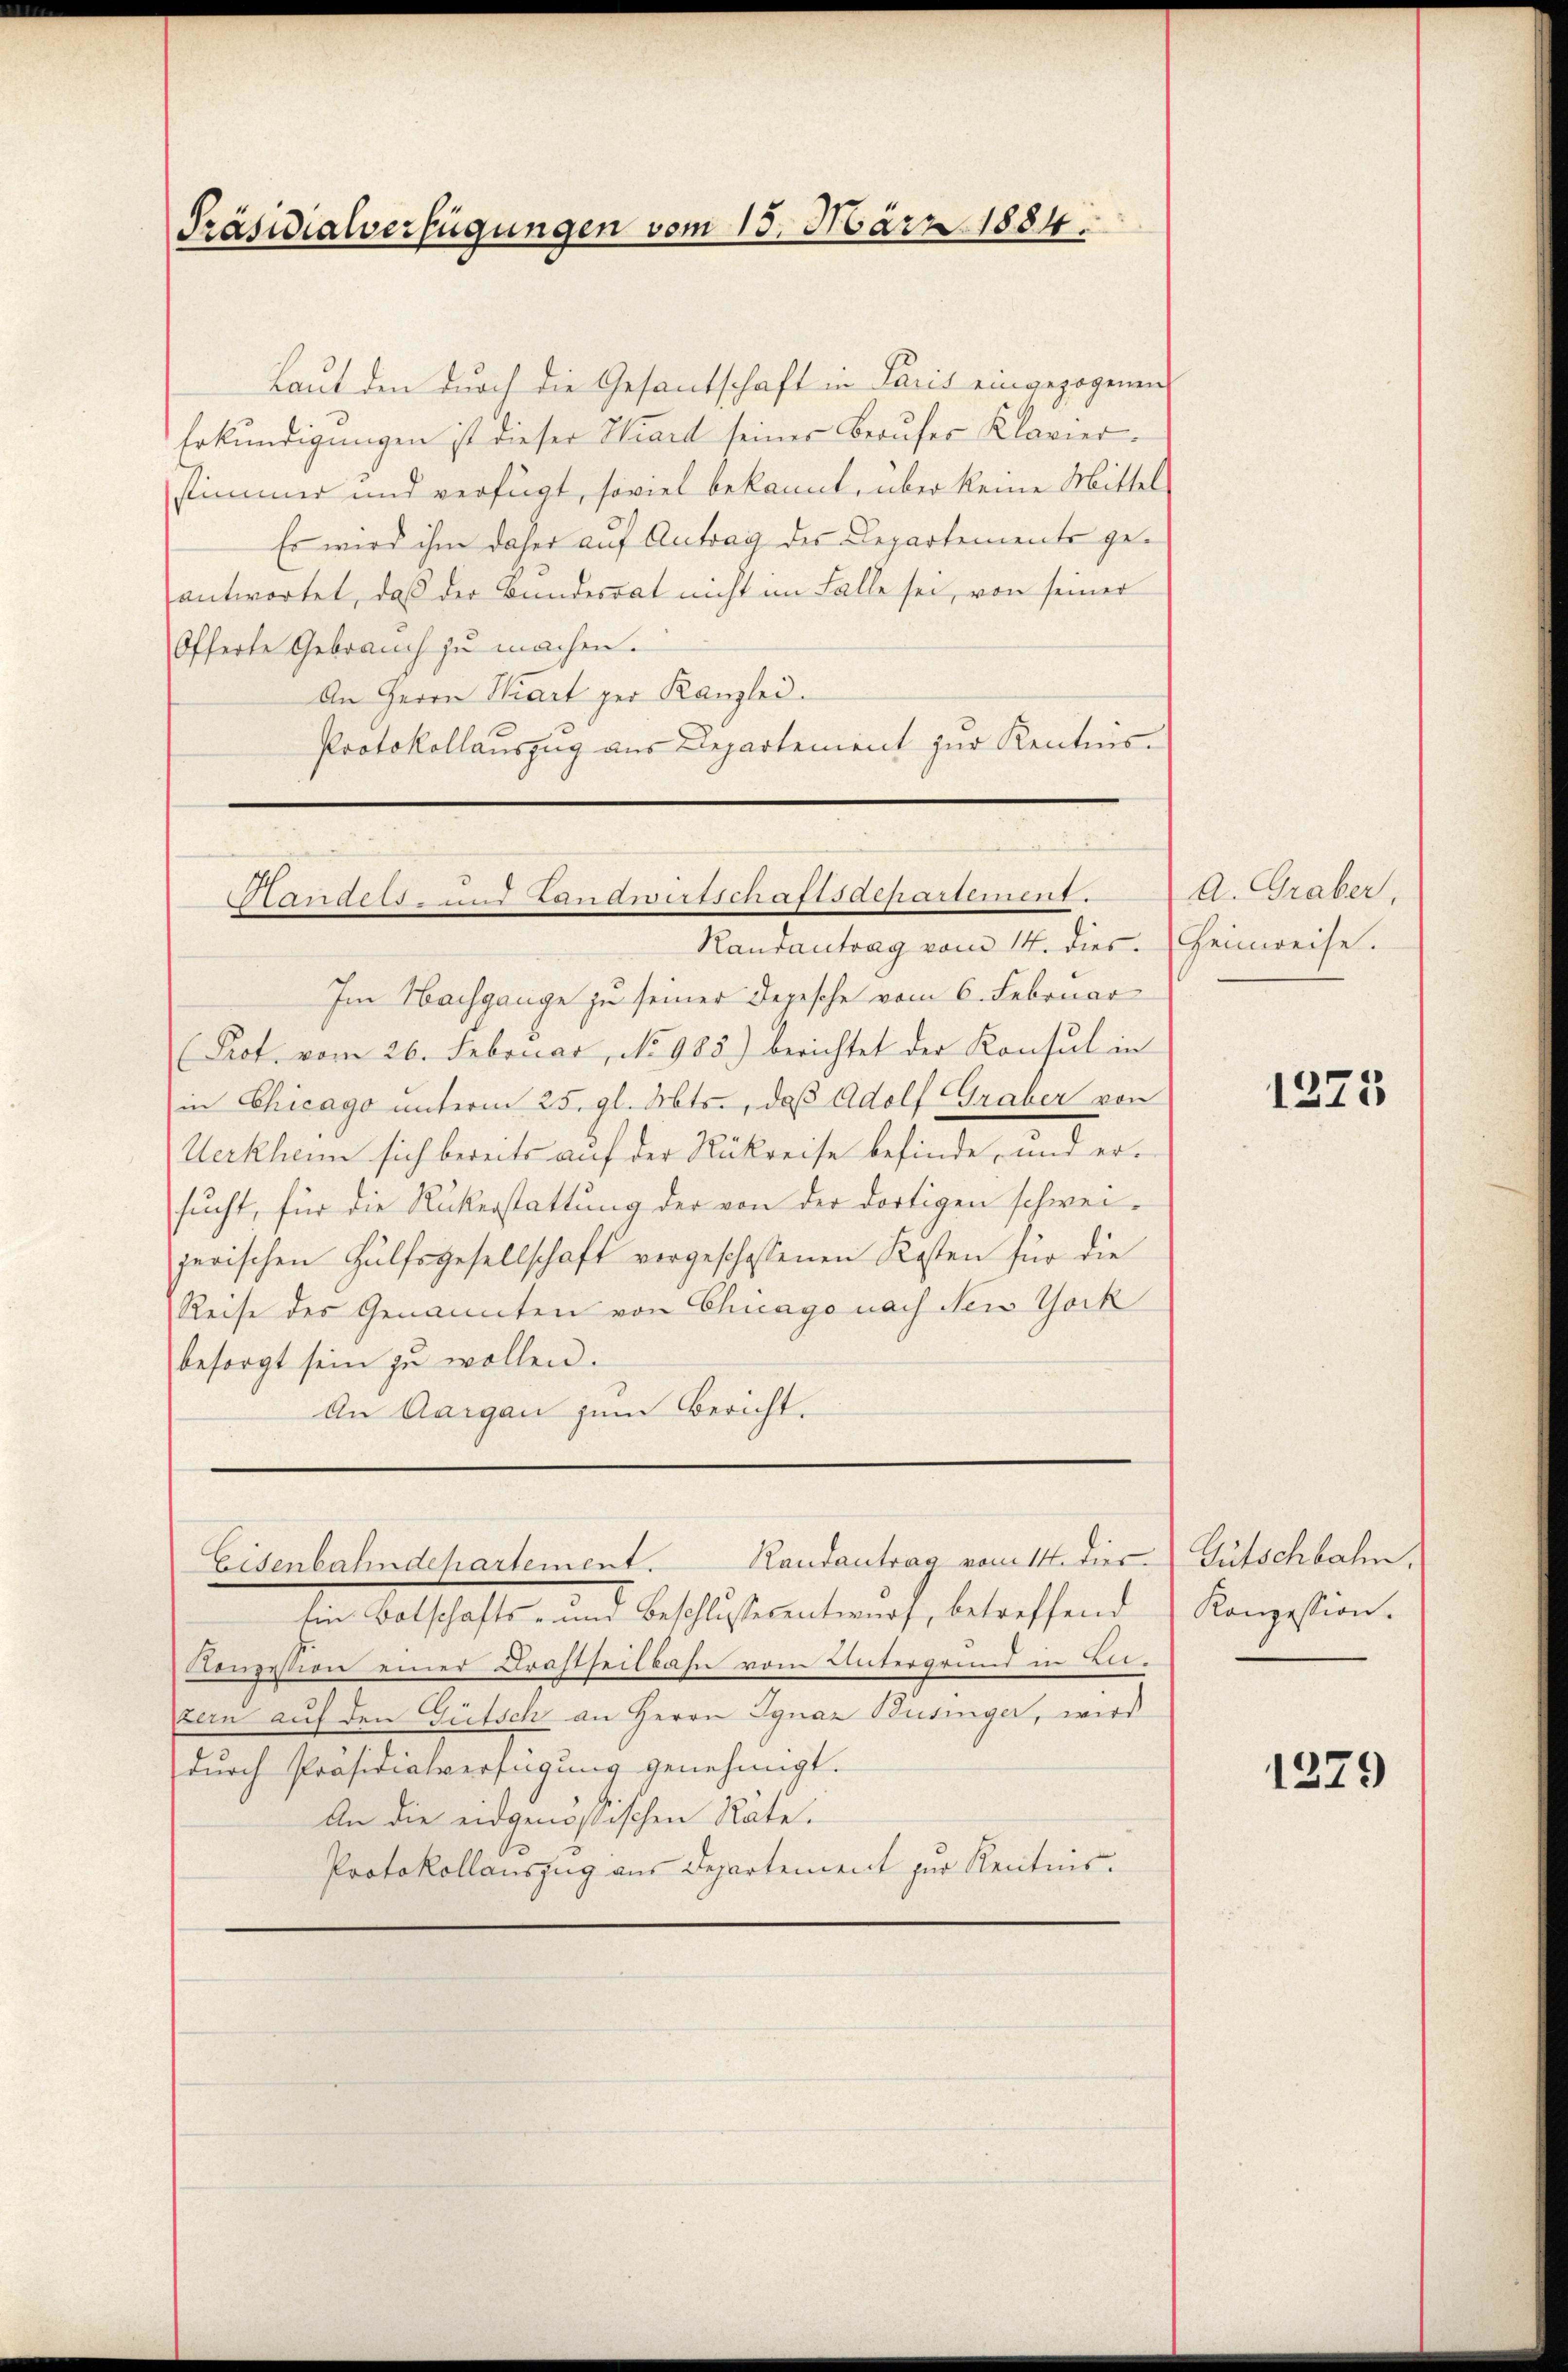
Präsidialverfügungen vom 18. März 1884.

Laut den durch die Gesantschaft in Paris eingezogenen
Erkundigungen ist dieser Hard seiner Berufer Klavier.
stimmer und verfügt, soviel bekannt, über keine Mittel
Es wird ihm daher auf Antrag des Departements geantwortet, daß der Bundesrat nicht im Falle sei, von seiner
Offerte Gebrauch zu machen.
An Herrn Kart per Kanzlei.
Protokollauszug aus Departement zur Kenntnis-
Randantrag vom 14. dies. Heinweise.
Im Nachgange zu seiner Depesche vom 6. Februar
(Pot. vom 26. Februar, No 985.) berichtet der Konsul in
in Chicago unterm 25. gl. Mts., daß Adolf Graber von
Uerkheim sich bereits auf der Rückreise befinde, und ersucht, für die Rükerstattung der von der dortigen schweijerischen Hülfsgesellschaft vorgeschossenen Kosten für die
Reise des Genannten von Chicago nach New York
besorgt sein zu wollen.
An Aargau zum Bericht.

Pandels- und Landwirtschaftsachartement.

Eisenbahndepartement. Randantrag vom 14. dies

den Ortschafts- und Beschlussertrauch, betreffend
Konzession einer Drastheilbahn vom Untergrund in Lu¬
Bern auf den Gütsch an Herrn Ignaz Businger, wird
durch Präsidialverfügung genehmigt.
An die eidgenößischen Räte.
.
Protokollauszug aus Departement zur Kenntnis.

A. Graber,

1225

Gütschbahn.
Konzession.

1279